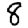
Digit: 8